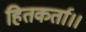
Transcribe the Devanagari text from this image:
हितकर्ता।।